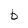
Character: b